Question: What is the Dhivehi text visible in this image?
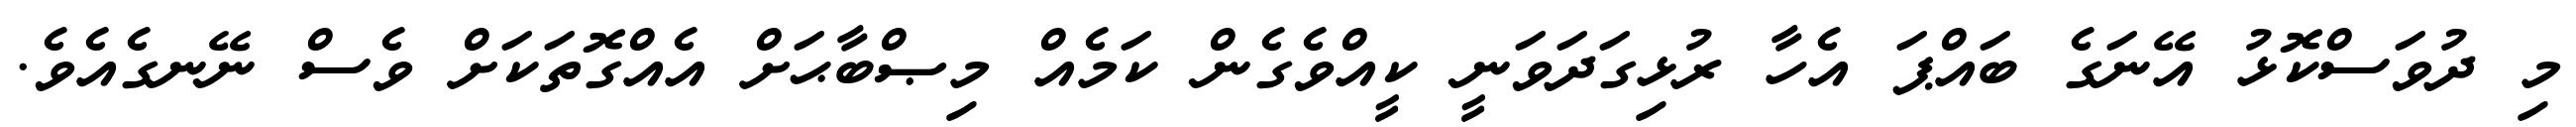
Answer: މި ދުވަސްކޮޅު އޭނަގެ ބައްޕަ އެހާ ރުޅިގަދަވަނީ ކީއްވެގެން ކަމެއް މިޞްބާޙަށް އެއްގޮތަކަށް ވެސް ނޭނގެއެވެ.